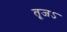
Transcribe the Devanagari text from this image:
तूजऽ